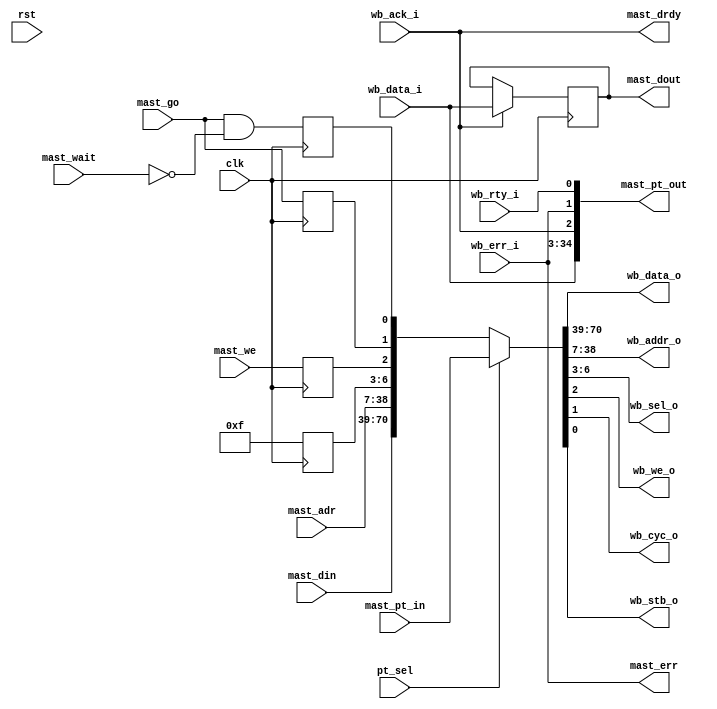
module wb_dma_wb_mast(clk, rst,

	wb_data_i, wb_data_o, wb_addr_o, wb_sel_o, wb_we_o, wb_cyc_o,
	wb_stb_o, wb_ack_i, wb_err_i, wb_rty_i,

	mast_go, mast_we, mast_adr, mast_din, mast_dout, mast_err,
	mast_drdy, mast_wait,

	pt_sel, mast_pt_in, mast_pt_out
	);

input		clk, rst;

// --------------------------------------
// WISHBONE INTERFACE 

input	[31:0]	wb_data_i;
output	[31:0]	wb_data_o;
output	[31:0]	wb_addr_o;
output	[3:0]	wb_sel_o;
output		wb_we_o;
output		wb_cyc_o;
output		wb_stb_o;
input		wb_ack_i;
input		wb_err_i;
input		wb_rty_i;

// --------------------------------------
// INTERNAL DMA INTERFACE 
input		mast_go;	// Perform a Master Cycle (as long as this
				// line is asserted)
input		mast_we;	// Read/Write
input	[31:0]	mast_adr;	// Address for the transfer
input	[31:0]	mast_din;	// Internal Input Data
output	[31:0]	mast_dout;	// Internal Output Data
output		mast_err;	// Indicates an error has occurred

output		mast_drdy;	// Indicated that either data is available
				// during a read, or that the master can accept
				// the next data during a write
input		mast_wait;	// Tells the master to insert wait cycles
				// because data can not be accepted/provided

// Pass Through Interface
input		pt_sel;		// Pass Through Mode Selected
input	[70:0]	mast_pt_in;	// Grouped WISHBONE inputs
output	[34:0]	mast_pt_out;	// Grouped WISHBONE outputs

////////////////////////////////////////////////////////////////////
//
// Local Wires
//

reg		mast_cyc, mast_stb;
reg		mast_we_r;
reg	[3:0]	mast_be;
reg	[31:0]	mast_dout;

////////////////////////////////////////////////////////////////////
//
// Pass-Through Interface
//

assign {wb_data_o, wb_addr_o, wb_sel_o, wb_we_o, wb_cyc_o, wb_stb_o} =
	pt_sel ? mast_pt_in :
	{mast_din, mast_adr, mast_be, mast_we_r, mast_cyc, mast_stb};

assign mast_pt_out = {wb_data_i, wb_ack_i, wb_err_i, wb_rty_i};

////////////////////////////////////////////////////////////////////
//
// DMA Engine Interface
//

always @(posedge clk)
	if(wb_ack_i)	mast_dout <= #1 wb_data_i;

always @(posedge clk)
	mast_be <= #1 4'hf;

always @(posedge clk)
	mast_we_r <= #1 mast_we;

always @(posedge clk)
	mast_cyc <= #1 mast_go;

always @(posedge clk)
	mast_stb <= #1 mast_go & !mast_wait; 

assign mast_drdy = wb_ack_i;
assign mast_err  = wb_err_i;

endmodule